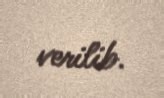
verilib.